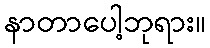
နာတာပေါ့ဘုရား။